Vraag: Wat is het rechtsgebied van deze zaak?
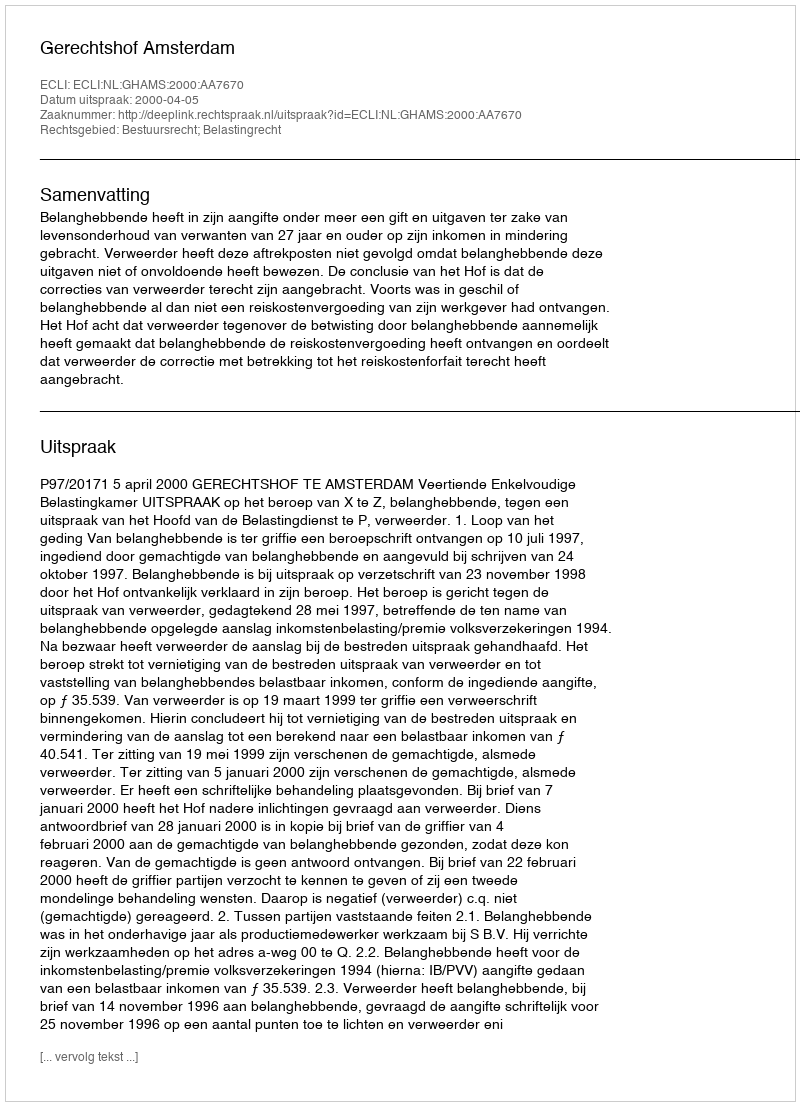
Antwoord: Bestuursrecht; Belastingrecht